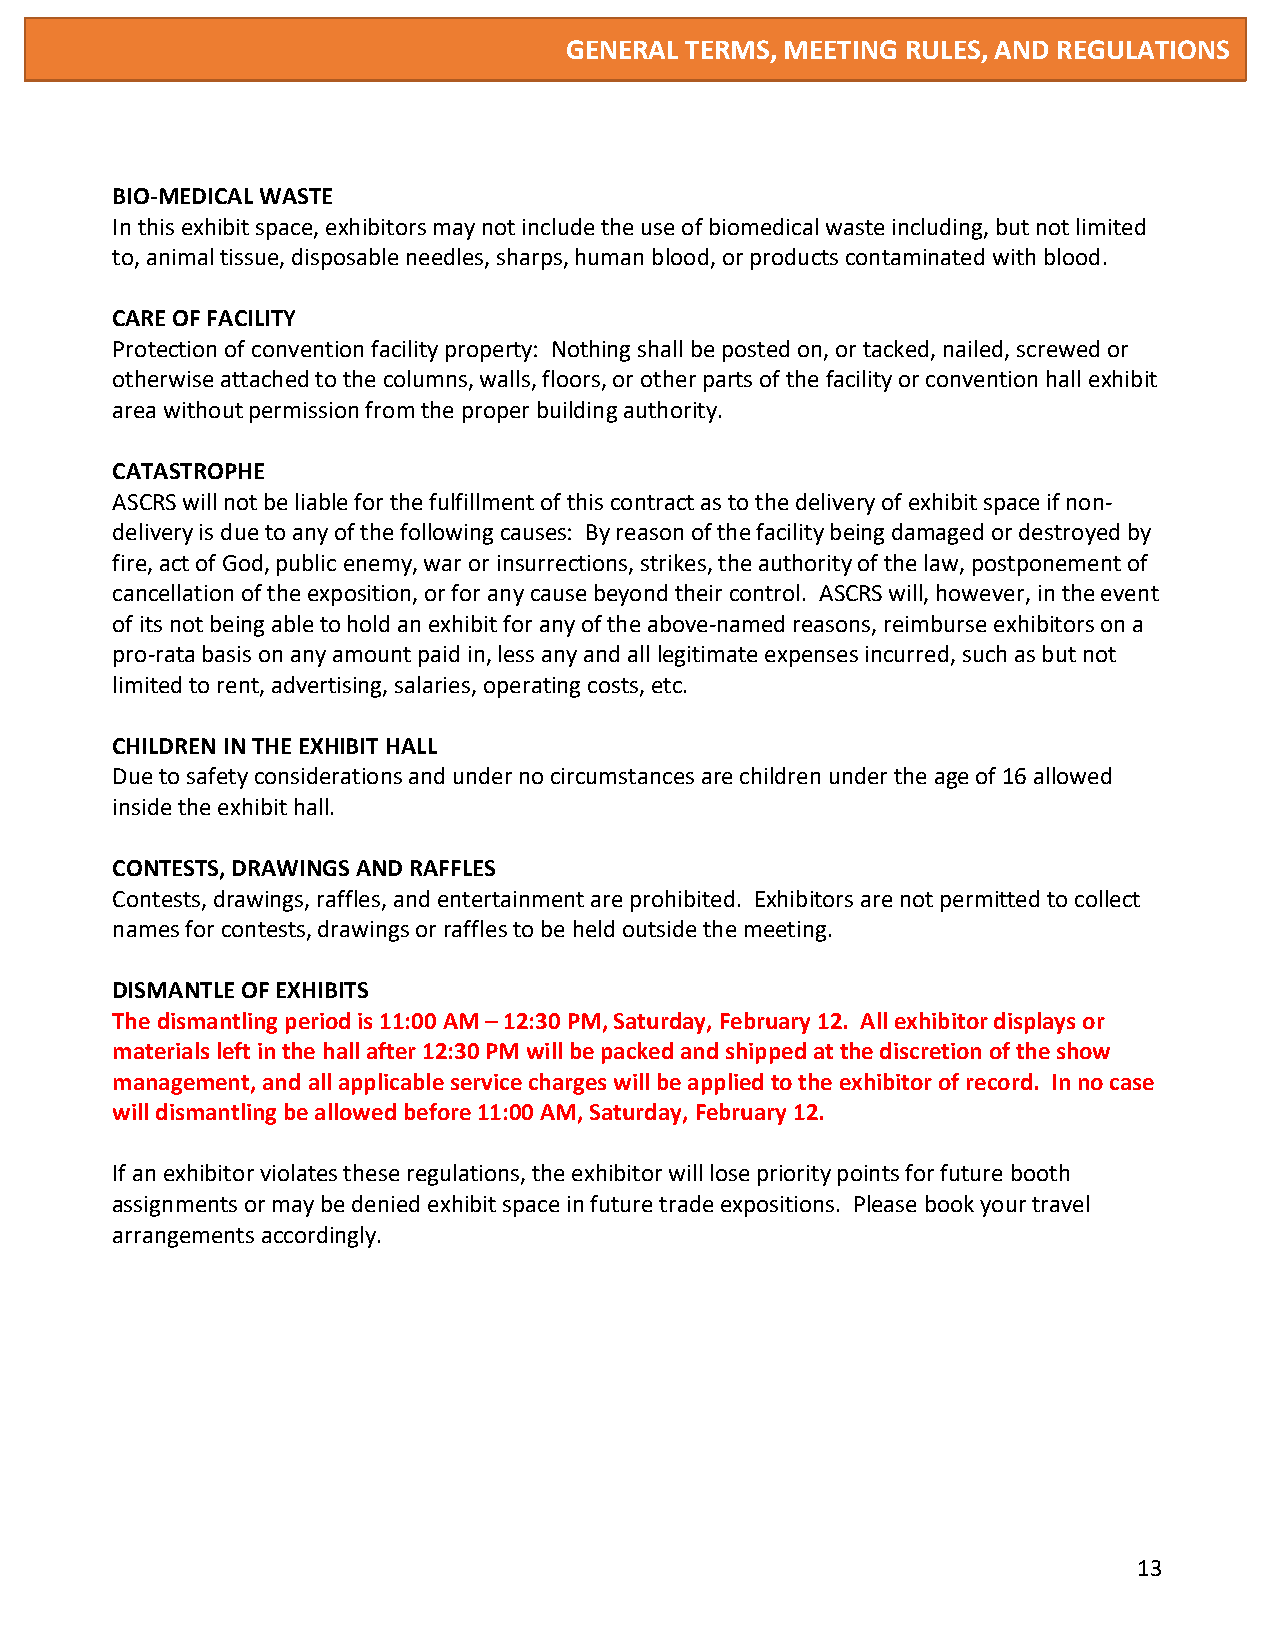
GENERAL TERMS, MEETING RULES, AND REGULATIONS
 BIO-MEDICAL WASTE
 In this exhibit space, exhibitors may not include the use of biomedical waste including, but not limited
 to, animal tissue, disposable needles, sharps, human blood, or products contaminated with blood.
 CARE OF FACILITY
 Protection of convention facility property: Nothing shall be posted on, or tacked, nailed, screwed or
 otherwise attached to the columns, walls, floors, or other parts of the facility or convention hall exhibit
 area without permission from the proper building authority.
 CATASTROPHE
 ASCRS will not be liable for the fulfillment of this contract as to the delivery of exhibit space if non-
 delivery is due to any of the following causes: By reason of the facility being damaged or destroyed by
 fire, act of God, public enemy, war or insurrections, strikes, the authority of the law, postponement of
 cancellation of the exposition, or for any cause beyond their control. ASCRS will, however, in the event
 of its not being able to hold an exhibit for any of the above-named reasons, reimburse exhibitors on a
 pro-rata basis on any amount paid in, less any and all legitimate expenses incurred, such as but not
 limited to rent, advertising, salaries, operating costs, etc.
 CHILDREN IN THE EXHIBIT HALL
 Due to safety considerations and under no circumstances are children under the age of 16 allowed
 inside the exhibit hall.
 CONTESTS, DRAWINGS AND RAFFLES
 Contests, drawings, raffles, and entertainment are prohibited. Exhibitors are not permitted to collect
 names for contests, drawings or raffles to be held outside the meeting.
 DISMANTLE OF EXHIBITS
 The dismantling period is 11:00 AM – 12:30 PM, Saturday, February 12. All exhibitor displays or
 materials left in the hall after 12:30 PM will be packed and shipped at the discretion of the show
 management, and all applicable service charges will be applied to the exhibitor of record. In no case
 will dismantling be allowed before 11:00 AM, Saturday, February 12.
 If an exhibitor violates these regulations, the exhibitor will lose priority points for future booth
 assignments or may be denied exhibit space in future trade expositions. Please book your travel
 arrangements accordingly.
 13